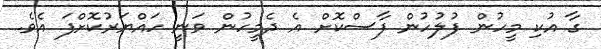
ގާ އުކި މީހުން ފުލުހުން ފާސްކޮށް އެ ދެމީހުން ވަނީ ހައްޔަރުކޮށްފަ އެވެ.